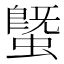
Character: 𧐆